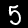
Label: 5